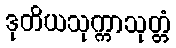
ဒုတိယသုက္ကာသုတ္တံ